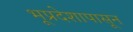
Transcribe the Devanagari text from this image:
भूप्रदेशापासून